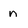
Character: n